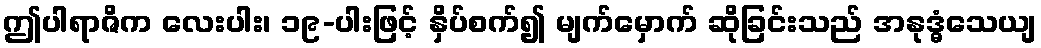
ဤပါရာဇိက လေးပါး၊ ၁၉-ပါးဖြင့် နှိပ်စက်၍ မျက်မှောက် ဆိုခြင်းသည် အနုဒ္ဓံသေယျ